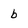
Character: b